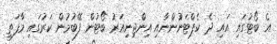
އެ ބޯޓުގައި އައި ދެ ކެޕްޓަނުންނާއި އިންޖިނިއަރު ބޯޓުން ފޭބުމުން ކަރުގައި މާފަތި